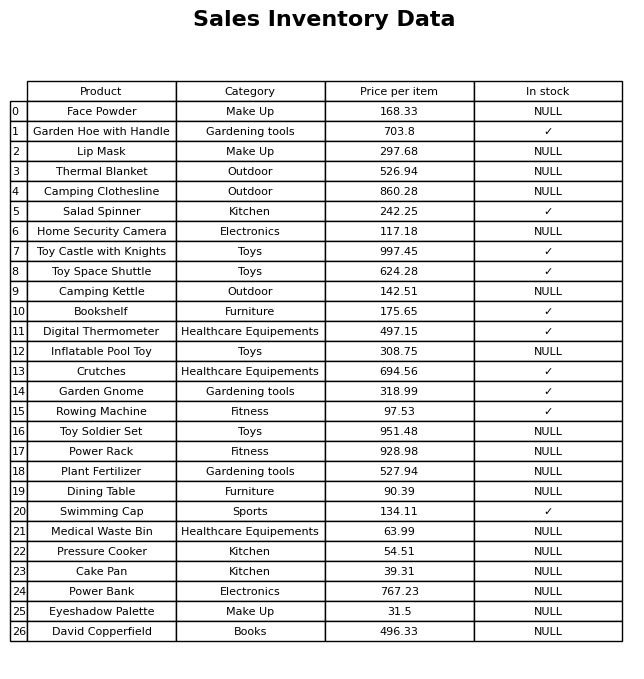
question: What category does the Camping Kettle belong to?
answer: Outdoor